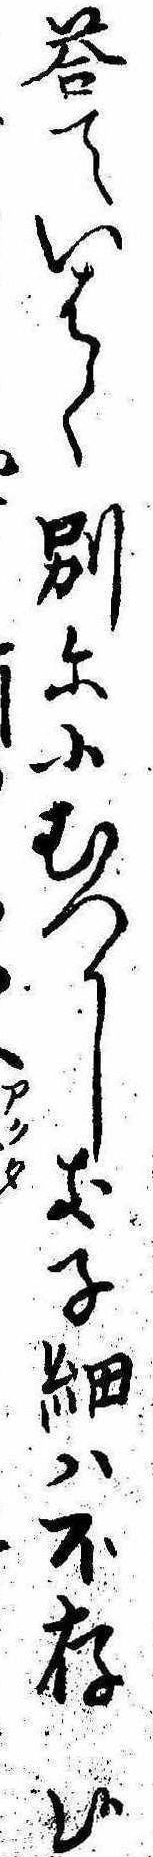
答ていはく別に小むつかしき子細は不存候